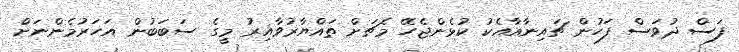
ފަސް ދުވަސް ފަހުން ޗައިނާއާއެކު ކުޅެންޖެހޭ މެޗަށް ތައްޔާރުވާއިރު މީގެ ސަބަބުން އަހަރުމެންނަށް